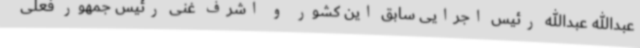
عبدالله عبدالله رئیس اجرایی سابق این کشور و اشرف غنی رئیس جمهور فعلی